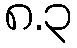
၈.၃